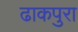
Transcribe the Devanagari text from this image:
ढाकपुरा